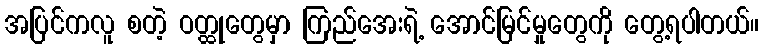
အပြင်ကလူ စတဲ့ ဝတ္ထုတွေမှာ ကြည်အေးရဲ့ အောင်မြင်မှုတွေကို တွေ့ရပါတယ်။